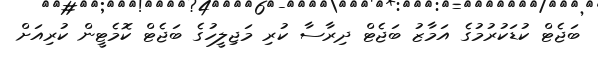
ބަޖެޓް ކުޑަކުރުމުގެ އަމާޒު ބަޖެޓް ދިރާސާ ކުރި މަޖިލީހުގެ ބަޖެޓް ކޮމެޓީން ކުރިއަށް